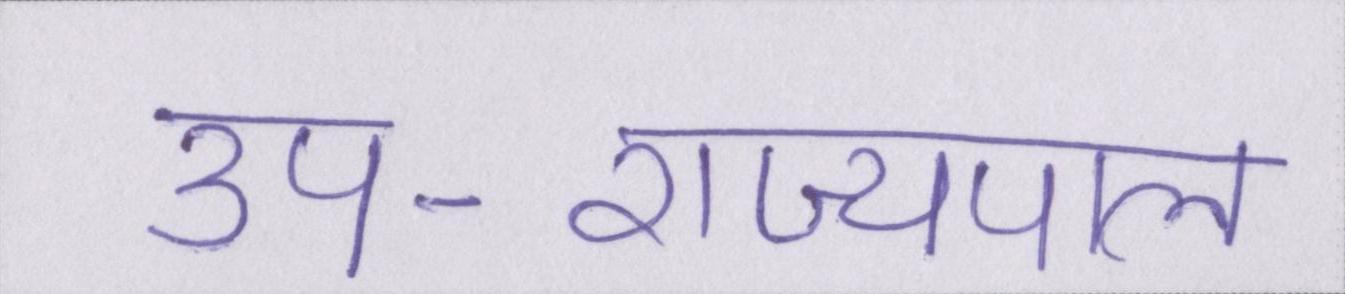
उप-राज्यपाल